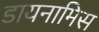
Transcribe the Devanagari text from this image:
डायनामिस